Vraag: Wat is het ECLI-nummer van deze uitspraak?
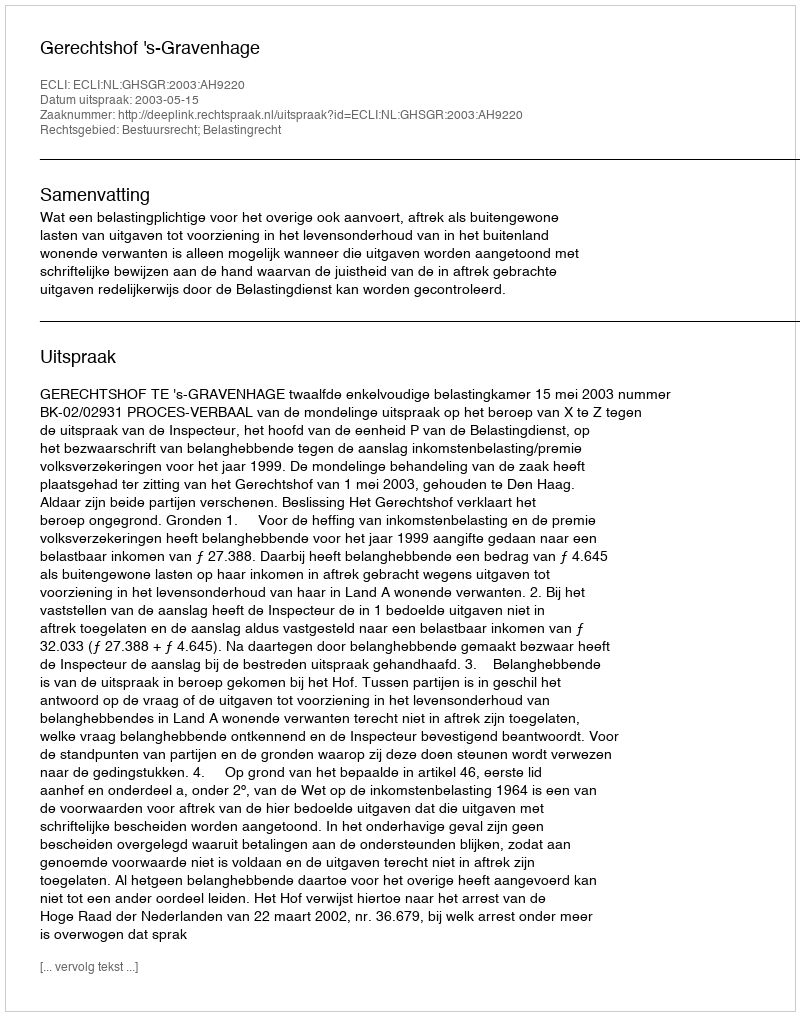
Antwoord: ECLI:NL:GHSGR:2003:AH9220